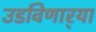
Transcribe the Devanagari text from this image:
उडविणार्‍या